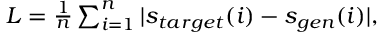
\begin{array} { r } { L = \frac { 1 } { n } \sum _ { i = 1 } ^ { n } | s _ { t a r g e t } ( i ) - s _ { g e n } ( i ) | , } \end{array}